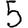
Digit: 5